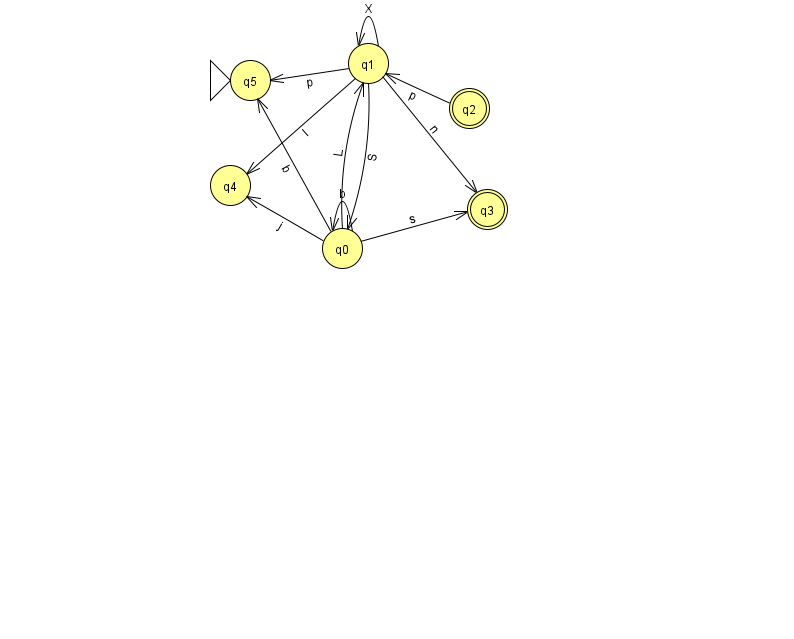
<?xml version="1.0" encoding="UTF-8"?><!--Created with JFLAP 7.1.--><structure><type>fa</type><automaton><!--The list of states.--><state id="0" name="q0"><x>342.0</x><y>235.0</y></state><state id="1" name="q1"><x>368.0</x><y>50.0</y></state><state id="2" name="q2"><x>469.0</x><y>95.0</y><final/></state><state id="3" name="q3"><x>487.0</x><y>196.0</y><final/></state><state id="4" name="q4"><x>230.0</x><y>172.0</y></state><state id="5" name="q5"><x>250.0</x><y>67.0</y><initial/></state><!--The list of transitions.--><transition><from>2</from><to>1</to><read>p</read></transition><transition><from>0</from><to>0</to><read>b</read></transition><transition><from>0</from><to>4</to><read>j</read></transition><transition><from>1</from><to>0</to><read>S</read></transition><transition><from>1</from><to>4</to><read>I</read></transition><transition><from>0</from><to>3</to><read>s</read></transition><transition><from>1</from><to>1</to><read>X</read></transition><transition><from>0</from><to>1</to><read>L</read></transition><transition><from>1</from><to>5</to><read>p</read></transition><transition><from>1</from><to>3</to><read>n</read></transition><transition><from>0</from><to>5</to><read>b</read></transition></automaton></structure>